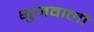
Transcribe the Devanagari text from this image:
भुजवाली